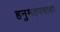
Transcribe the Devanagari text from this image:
हनुमतपचासा